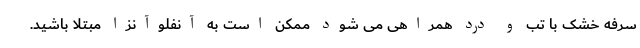
سرفه خشک با تب و درد همراهی می شود ممکن است به آنفلوآنزا مبتلا باشید.